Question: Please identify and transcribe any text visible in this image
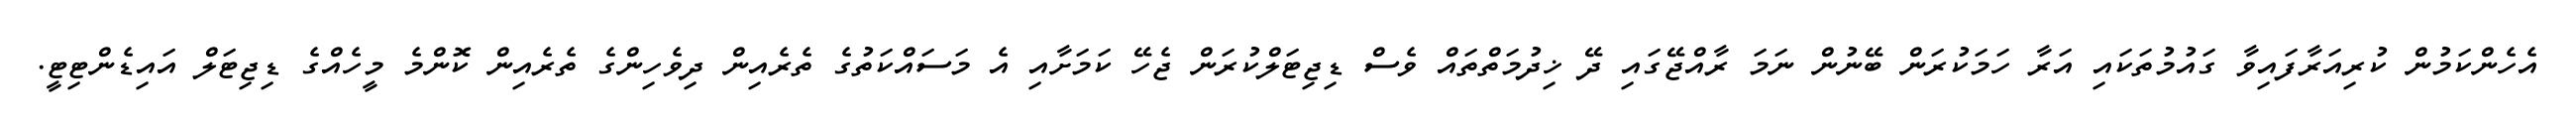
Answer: އެހެންކަމުން ކުރިއަރާފައިވާ ގައުމުތަކައި އަރާ ހަމަކުރަން ބޭނުން ނަމަ ރާއްޖޭގައި ދޭ ޚިދުމަތްތައް ވެސް ޑިޖިޓަލްކުރަން ޖެހޭ ކަމަށާއި އެ މަސައްކަތުގެ ތެރެއިން ދިވެހިންގެ ތެރެއިން ކޮންމެ މީހެއްގެ ޑިޖިޓަލް އައިޑެންޓިޓީ.